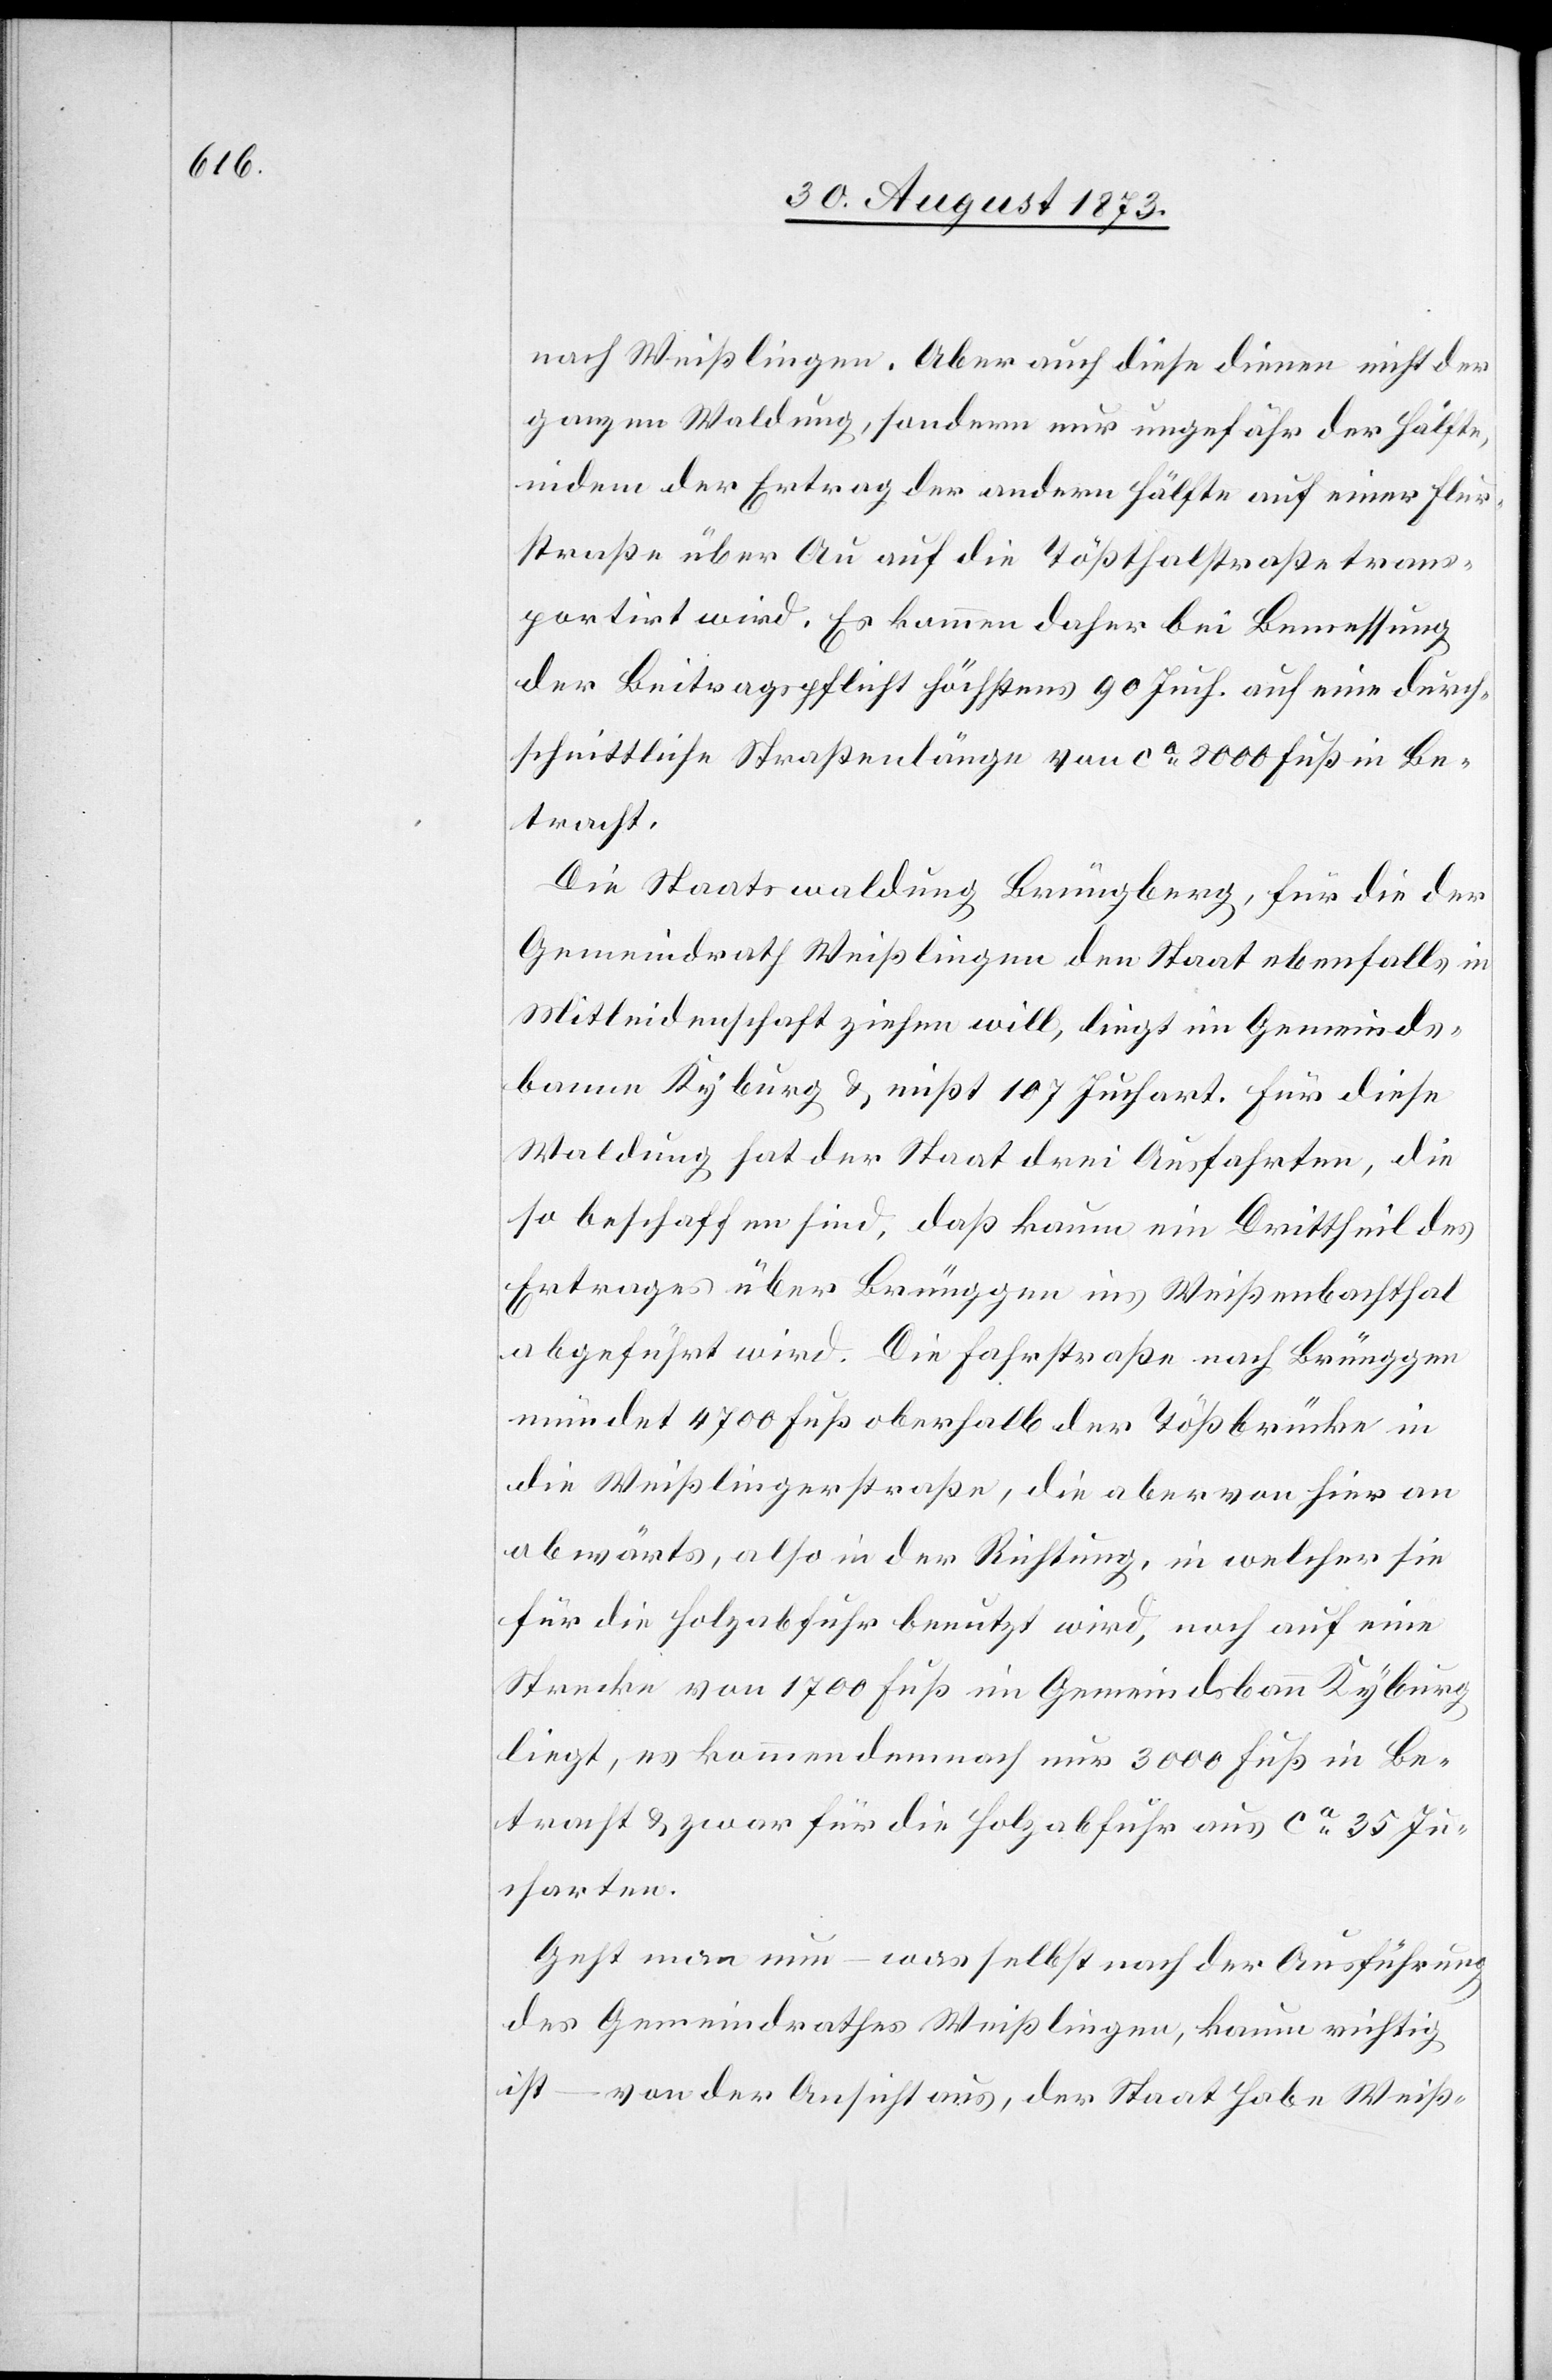
nach Weißlingen. Aber auch diese dienen nicht der
ganzen Waldung, sondern nur ungefähr der Hälfte,
indem der Ertrag der andern Hälfte auf einer Flur¬
straße über Au auf die Tößthalstraße trans¬
portirt wird. Es kommen daher bei Bemessung
der Beitragspflicht höchstens 90 Juch. auf eine durch¬
schnittliche Straßenlänge von ca 8 000 Fuß in Be¬
tracht.
Die Staatswaldung Brüngberg, für die der
Gemeindrath Weißlingen den Staat ebenfalls in
Mitleidenschaft ziehen will, liegt im Gemeinds¬
banne Kyburg & mißt 107 Juchart. Für diese
Waldung hat der Staat drei Ausfahrten, die
so beschaffen sind, daß kaum ein Drittheil des
Ertrages über Brünggen ins Weißenbachthal
abgeführt wird. Die Fahrstraße nach Brünggen
mündet 4 700 Fuß oberhalb der Tößbrücke in
die Weißlingerstraße, die aber von hier an
abwärts, also in der Richtung, in welcher sie
für die Holzabfuhr benutzt wird, noch auf eine
Strecke von 1 700 Fuß im Gemeindsbann Kyburg
liegt, es kommen demnach nur 3 000 Fuß in Be¬
tracht & zwar für die Holzabfuhr aus ca 35 Ju¬
charten.
Geht man nun, was selbst nach der Ausführung
des Gemeindrathes Weißlingen, kaum richtig
ist – von der Ansicht aus, der Staat habe Weiß-